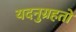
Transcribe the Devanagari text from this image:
यदनुग्रहतो